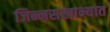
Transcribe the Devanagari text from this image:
जिन्नसखान्यात